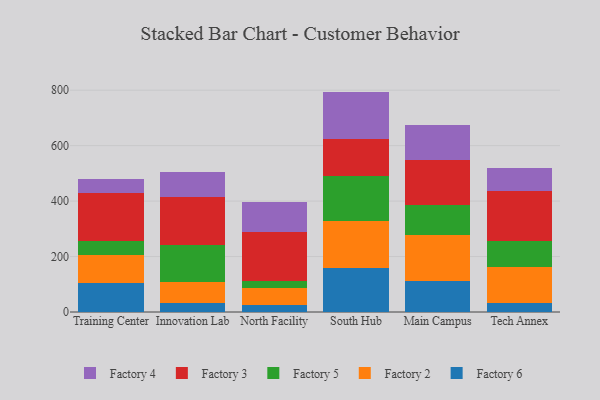
{"axis": {"x": "Campus", "y": "Budget (USD K)"}, "legend": ["Factory 2", "Factory 3", "Factory 4", "Factory 5", "Factory 6"], "data": [{"x": "Training Center", "y": 103.2, "type": "Factory 6"}, {"x": "Training Center", "y": 100.7, "type": "Factory 2"}, {"x": "Training Center", "y": 51.8, "type": "Factory 5"}, {"x": "Training Center", "y": 171.8, "type": "Factory 3"}, {"x": "Training Center", "y": 50.9, "type": "Factory 4"}, {"x": "Innovation Lab", "y": 31.6, "type": "Factory 6"}, {"x": "Innovation Lab", "y": 77.0, "type": "Factory 2"}, {"x": "Innovation Lab", "y": 133.9, "type": "Factory 5"}, {"x": "Innovation Lab", "y": 173.5, "type": "Factory 3"}, {"x": "Innovation Lab", "y": 88.2, "type": "Factory 4"}, {"x": "North Facility", "y": 26.0, "type": "Factory 6"}, {"x": "North Facility", "y": 61.1, "type": "Factory 2"}, {"x": "North Facility", "y": 25.7, "type": "Factory 5"}, {"x": "North Facility", "y": 175.8, "type": "Factory 3"}, {"x": "North Facility", "y": 108.2, "type": "Factory 4"}, {"x": "South Hub", "y": 158.7, "type": "Factory 6"}, {"x": "South Hub", "y": 169.2, "type": "Factory 2"}, {"x": "South Hub", "y": 163.7, "type": "Factory 5"}, {"x": "South Hub", "y": 130.8, "type": "Factory 3"}, {"x": "South Hub", "y": 172.5, "type": "Factory 4"}, {"x": "Main Campus", "y": 110.1, "type": "Factory 6"}, {"x": "Main Campus", "y": 167.4, "type": "Factory 2"}, {"x": "Main Campus", "y": 107.6, "type": "Factory 5"}, {"x": "Main Campus", "y": 164.7, "type": "Factory 3"}, {"x": "Main Campus", "y": 124.0, "type": "Factory 4"}, {"x": "Tech Annex", "y": 33.1, "type": "Factory 6"}, {"x": "Tech Annex", "y": 127.9, "type": "Factory 2"}, {"x": "Tech Annex", "y": 95.4, "type": "Factory 5"}, {"x": "Tech Annex", "y": 178.9, "type": "Factory 3"}, {"x": "Tech Annex", "y": 85.7, "type": "Factory 4"}]}